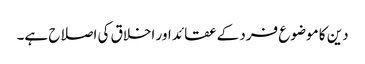
دین کا موضوع فرد کے عقائد اور اخلاق کی اصلاح ہے۔